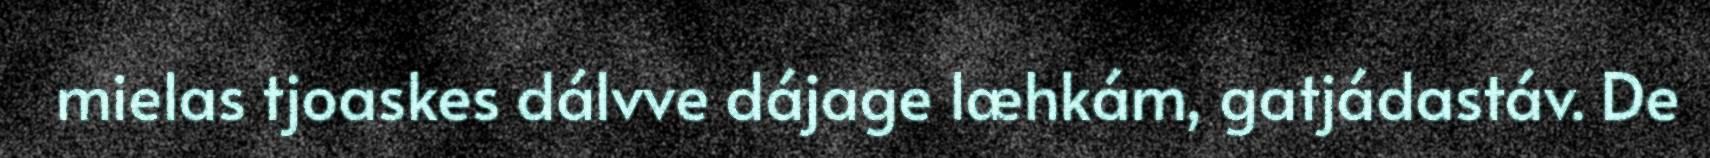
mielas tjoaskes dálvve dájage læhkám, gatjádastáv. De